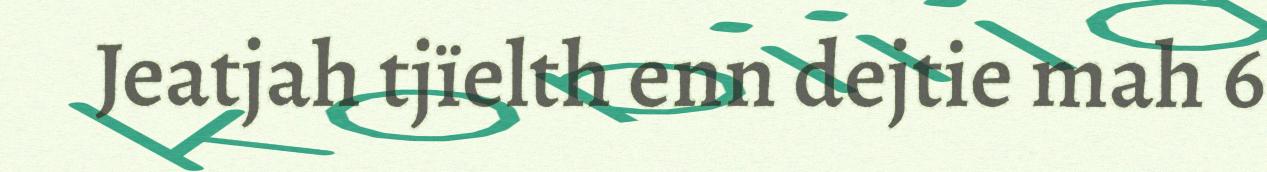
Jeatjah tjïelth enn dejtie mah 6